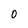
Character: 0